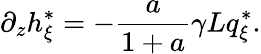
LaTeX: \partial_{z}h_{\xi}^{*}=-\frac{a}{1+a}\gamma Lq_{\xi}^{*}.